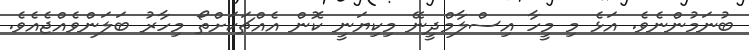
ބުނަމުންނެވެ. އަޅެ މި މީހާ އިސްލާމްދީނޭ މިކިޔަނީ ކޮން އެއްޗަކަށްތޯ މިހާރު ބަލަންވެއްޖެއެވެ.